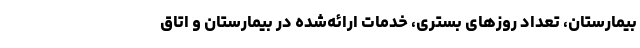
بیمارستان، تعداد روزهای بستری، خدمات ارائه‌شده در بیمارستان و اتاق‌